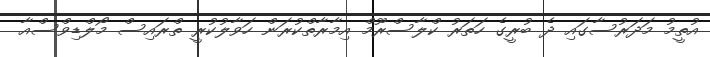
އުތީމު މަދަރުސާގައި ދެ ބުރީގެ ހަތަރު ކްލާސްރޫމް އިމާރާތްކުރަން ހަވާލުކުރީ ތްރައިސް މޯލްޑިވްސްއާ